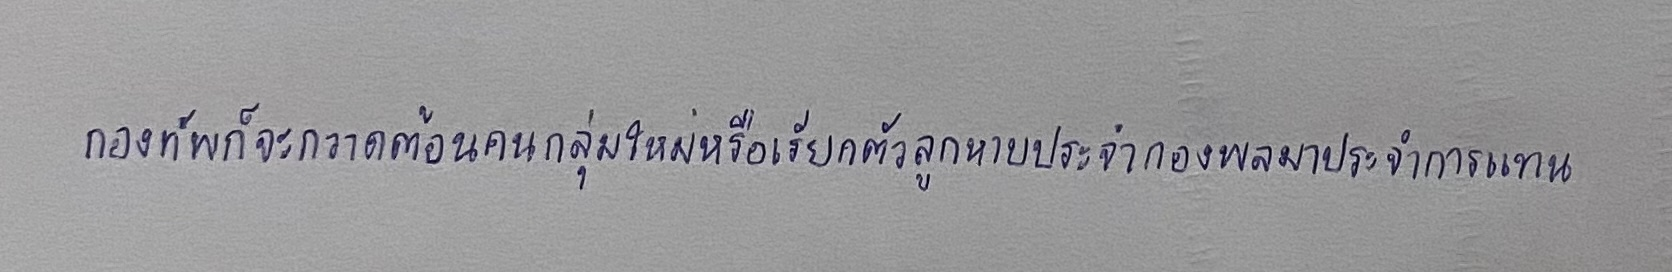
กองทัพก็จะกวาดต้อนคนกลุ่มใหม่หรือเรียกตัวลูกหาบประจำกองพลมาประจำการแทน